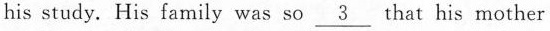
his study. His family was so \underline{3} that his mother